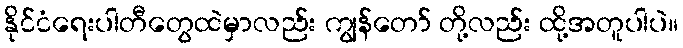
နိုင်ငံရေးပါတီတွေထဲမှာလည်း ကျွန်တော် တို့လည်း ထို့အတူပါပဲ။